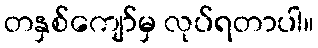
တနှစ်ကျော်မှ လုပ်ရတာပါ။